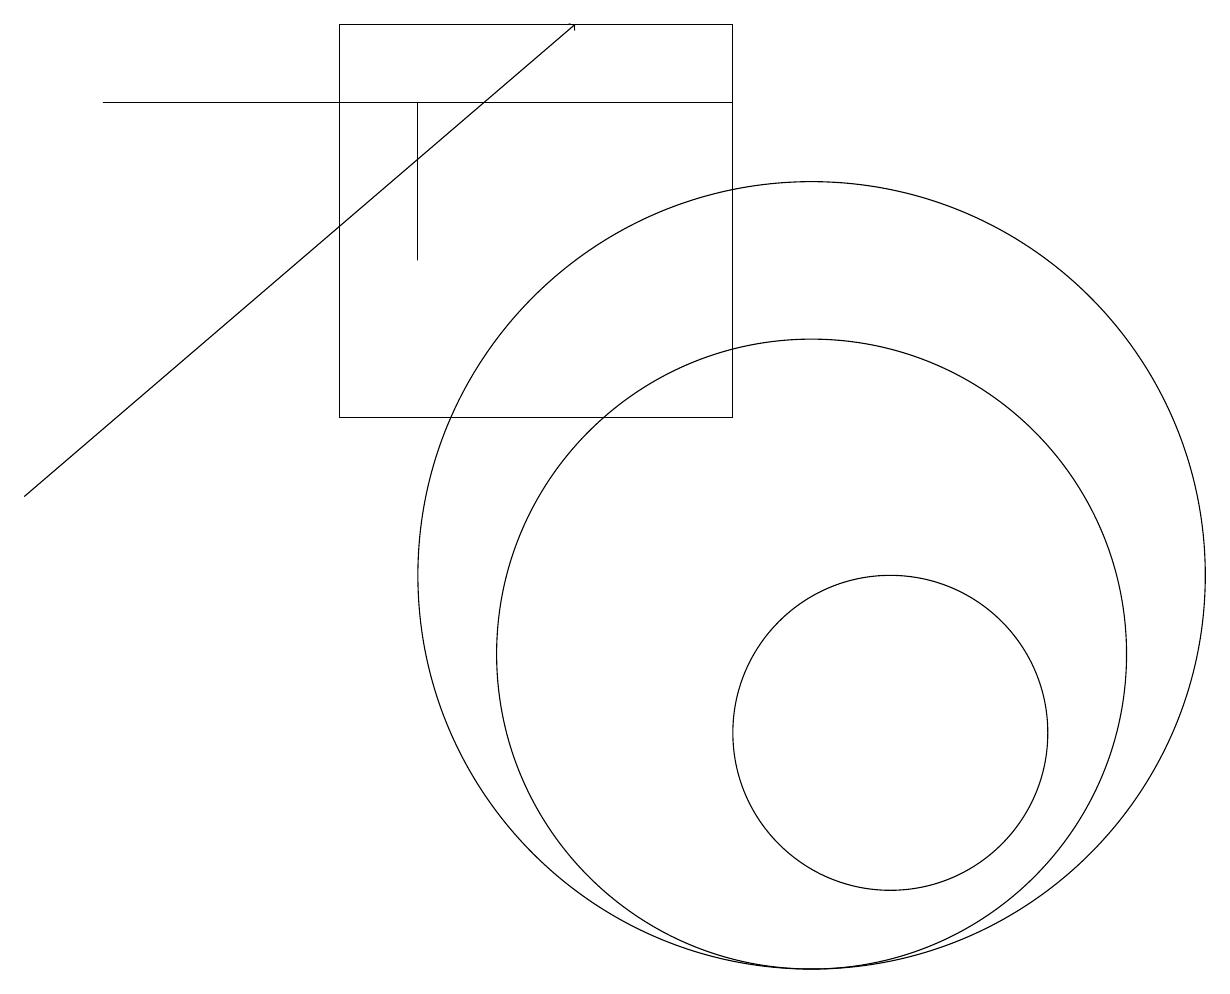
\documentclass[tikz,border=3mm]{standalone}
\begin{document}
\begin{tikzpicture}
\draw (11,10) circle (2);
\draw (10,12) circle (5);
\draw (10,11) circle (4);
\draw (1,18) rectangle (9,18);
\draw[->] (0,13) -- (7,19);
\draw (5,18) rectangle (5,16);
\draw (4,19) rectangle (9,14);
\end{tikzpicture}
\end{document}